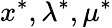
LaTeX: x^{*},\lambda^{*},\mu^{*}